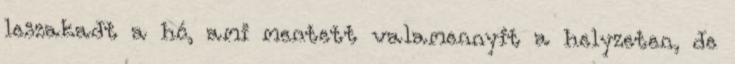
leszakadt a hó, ami mentett valamennyit a helyzeten, de